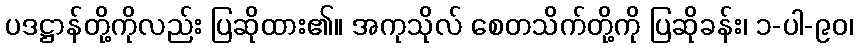
ပဒဋ္ဌာန်တို့ကိုလည်း ပြဆိုထား၏။ အကုသိုလ် စေတသိက်တို့ကို ပြဆိုခန်း၊ ၁-ပါ-၉၀၊